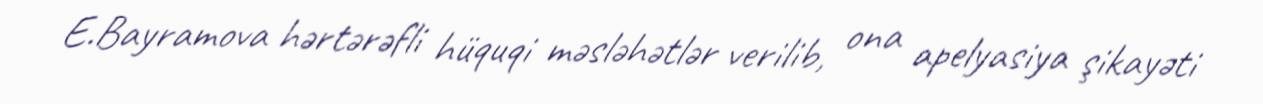
E.Bayramova hərtərəfli hüquqi məsləhətlər verilib, ona apelyasiya şikayəti